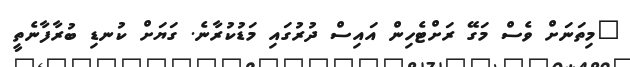
"މިތަނަށް ވެސް މަގޭ ރަށްޓެހިން އައިސް ދުރުގައި މަޑުކުރާނެ. ގަޔަށް ކުނޑި ބުރާފާނެތީ